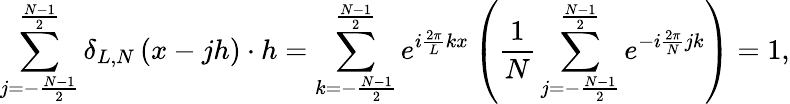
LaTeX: \sum_{j=-\frac{N-1}{2}}^{\frac{N-1}{2}}\delta_{L,N}\left(x-jh\right)\cdot h=\sum_{k=-\frac{N-1}{2}}^{\frac{N-1}{2}}e^{i\frac{2\pi}{L}kx}\left(\frac{1}{N}\sum_{j=-\frac{N-1}{2}}^{\frac{N-1}{2}}e^{-i\frac{2\pi}{N}jk}\right)=1,